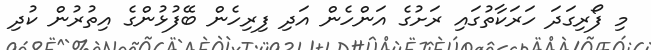
މި ފޯރިގަދަ ހަރަކާތުގައި ރަށުގެ އަންހެން އަދި ފިރިހެން ބޭފުޅުންގެ އިތުރުން ކުދި